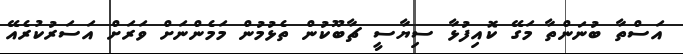
އަސްތާ ބުނަންތާ މަގޭ ކޮއިފުޅާ ސިޔާސީ ޗާބޫކުން ތެޅުމުން މަމެންނަށް ވަރަށް އަސަރުކުރެއޭ